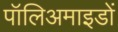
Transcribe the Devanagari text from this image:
पॉलिअमाइडों